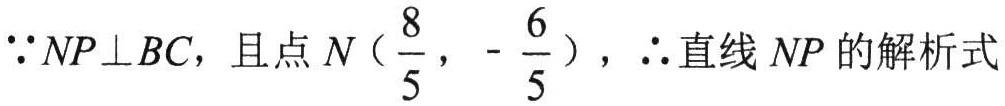
\(\because NP\perp BC\)，且点\(N(\frac{8}{5}, -\frac{6}{5})\)，\(\therefore\)直线 \(NP\) 的解析式